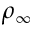
\rho _ { \infty }